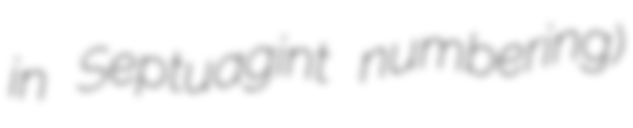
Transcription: in Septuagint numbering)